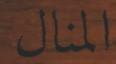
المنال